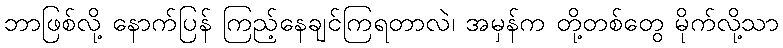
ဘာဖြစ်လို့ နောက်ပြန် ကြည့်နေချင်ကြရတာလဲ၊ အမှန်က တို့တစ်တွေ မိုက်လို့သာ